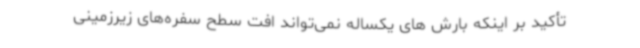
تأکید بر اینکه بارش های یکساله نمی‌تواند افت سطح سفره‌های زیرزمینی